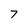
Character: 7